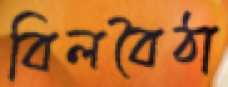
বিলবৈঠা